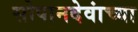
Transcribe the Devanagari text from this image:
सोपानदेवांच्या